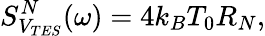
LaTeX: S_{V_{TES}}^{N}(\omega)=4k_{B}T_{0}R_{N},